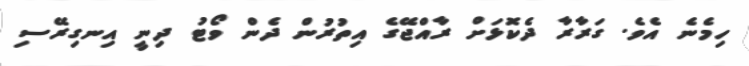
ހިމެނެ އެވެ. ގަރާރާ ދެކޮޅަށް ރާއްޖޭގެ އިތުރުން ދެން ވޯޓު ދިނީ އިނގިރޭސި